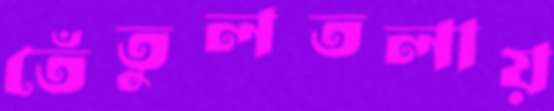
তেঁতুলতলায়